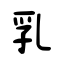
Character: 乳